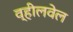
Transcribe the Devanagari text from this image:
व्हीलवेल